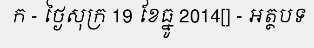
ក - ថ្ងៃសុក្រ 19 ខែធ្នូ 2014[] - អត្ថបទ